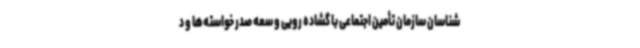
شناسان سازمان تأمین اجتماعی با گشاده رویی و سعه صدر خواسته‌ها و د